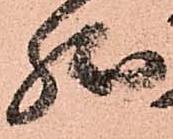
然